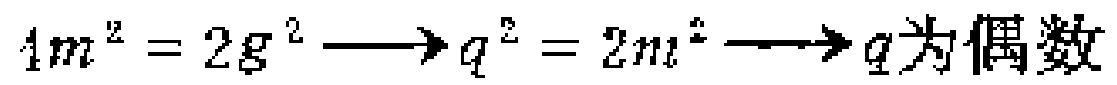
\(m^{2}=2g^{2}\longrightarrow q^{2}=2n^{2}\longrightarrow q\text{为偶数}\)